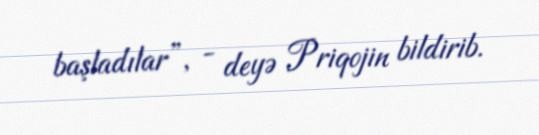
başladılar”, - deyə Priqojin bildirib.